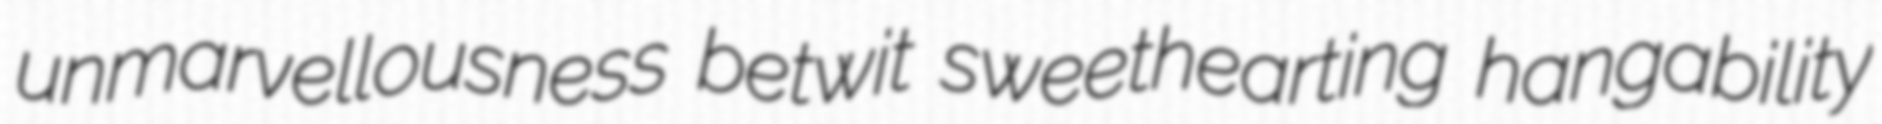
unmarvellousness betwit sweethearting hangability